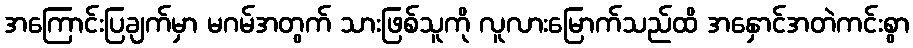
အကြောင်းပြချက်မှာ မဂမ်အတွက် သားဖြစ်သူကို လူလားမြောက်သည်ထိ အနှောင်အတဲကင်းစွာ